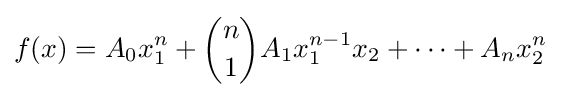
\displaystyle f(x)=A_{0}x_{1}^{n}+{\binom {n}{1}}A_{1}x_{1}^{n-1}x_{2}+\cdots +A_{n}x_{2}^{n}